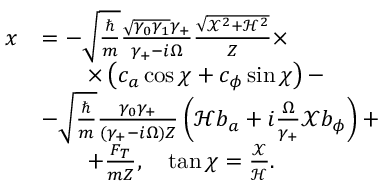
\begin{array} { r l } { x } & { = - \sqrt { \frac { \hbar } { m } } \frac { \sqrt { \gamma _ { 0 } \gamma _ { 1 } } \gamma _ { + } } { \gamma _ { + } - i \Omega } \frac { \sqrt { \mathcal { X } ^ { 2 } + \mathcal { H } ^ { 2 } } } { Z } \times } \\ & { \qquad \times \left( c _ { a } \cos \chi + c _ { \phi } \sin \chi \right) - } \\ & { - \sqrt { \frac { \hbar } { m } } \frac { \gamma _ { 0 } \gamma _ { + } } { ( \gamma _ { + } - i \Omega ) Z } \left( \mathcal { H } b _ { a } + i \frac { \Omega } { \gamma _ { + } } \mathcal { X } b _ { \phi } \right) + } \\ & { \qquad + \frac { F _ { T } } { m Z } , \quad \tan \chi = \frac { \mathcal { X } } { \mathcal { H } } . } \end{array}